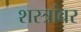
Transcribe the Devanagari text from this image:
शस्त्रांवर